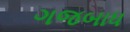
ગજબાધ